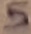
Text: 5